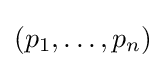
\left(p_{1},\ldots ,p_{n}\right)